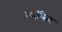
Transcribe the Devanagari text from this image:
व्‍यक्त्‍िा